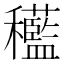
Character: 𱶭